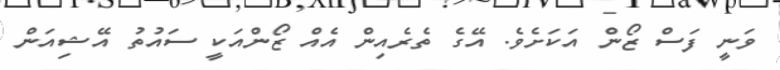
ވަނީ ފަސް ޒޯން އަކަށެވެ. އޭގެ ތެރެއިން އެއް ޒޯންއަކީ ސައުތު އޭޝިއަން